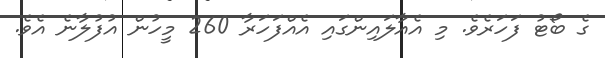
ގެ ބޯޓު ފަހަރެވެ. މި އެއާލައިންގައި އެއްފަހަރާ 260 މީހުން އުފުލާނެ އެވެ.